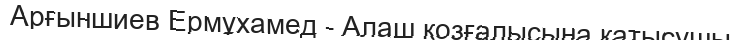
Арғыншиев Ермұхамед - Алаш қозғалысына қатысушы.